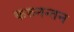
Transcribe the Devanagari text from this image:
करुनन्तन